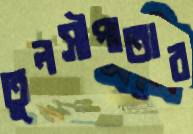
তুলসীপাতার